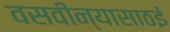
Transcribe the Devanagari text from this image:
वसवीन्यासाठई